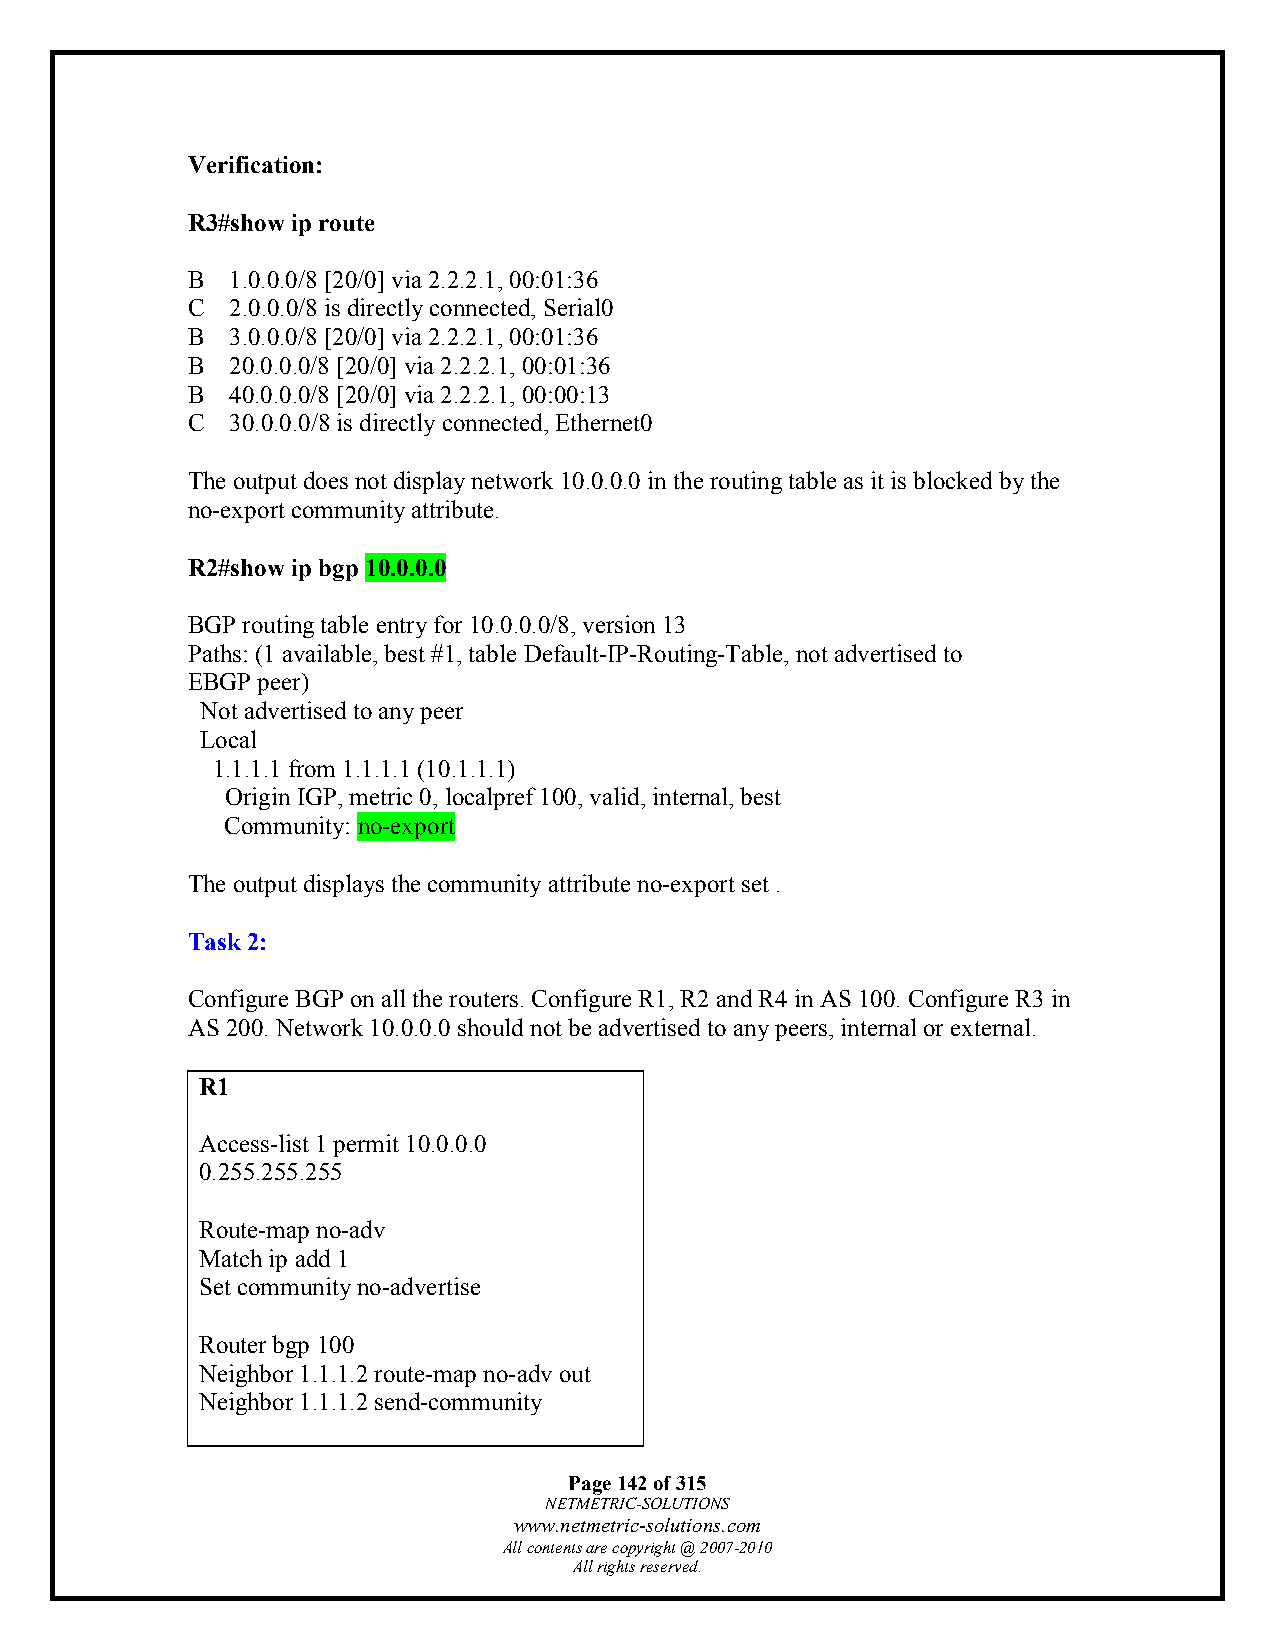
Verification:
 R3#show ip route
 B  1.0.0.0/8 [20/0] via 2.2.2.1, 00:01:36
 C  2.0.0.0/8 is directly connected, Serial0
 B  3.0.0.0/8 [20/0] via 2.2.2.1, 00:01:36
 B  20.0.0.0/8 [20/0] via 2.2.2.1, 00:01:36
 B  40.0.0.0/8 [20/0] via 2.2.2.1, 00:00:13
 C  30.0.0.0/8 is directly connected, Ethernet0
 The output does not display network 10.0.0.0 in the routing table as it is blocked by the
 no-export community attribute.
 R2#show ip bgp 10.0.0.0
 BGP routing table entry for 10.0.0.0/8, version 13
 Paths: (1 available, best #1, table Default-IP-Routing-Table, not advertised to
 EBGP peer)
 Not advertised to any peer
 Local
 1.1.1.1 from 1.1.1.1 (10.1.1.1)
 Origin IGP, metric 0, localpref 100, valid, internal, best
 Community: no-export
 The output displays the community attribute no-export set .
 Task 2:
 Configure BGP on all the routers. Configure R1, R2 and R4 in AS 100. Configure R3 in
 AS 200. Network 10.0.0.0 should not be advertised to any peers, internal or external.
 R1
 Access-list 1 permit 10.0.0.0
 0.255.255.255
 Route-map no-adv
 Match ip add 1
 Set community no-advertise
 Router bgp 100
 Neighbor 1.1.1.2 route-map no-adv out
 Neighbor 1.1.1.2 send-community
 Page 142 of 315
 NETMETRIC-SOLUTIONS
 www.netmetric-solutions.com
 All contents are copyright @ 2007-2010
 All rights reserved.